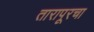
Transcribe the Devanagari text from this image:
तारापूरचा